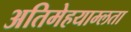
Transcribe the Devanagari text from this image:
अतिमेहयाम्लता